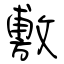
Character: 敷